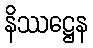
နိဿဋ္ဌေန